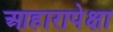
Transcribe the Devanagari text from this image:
आहारापेक्षा